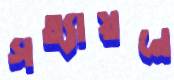
সত্যায়নে